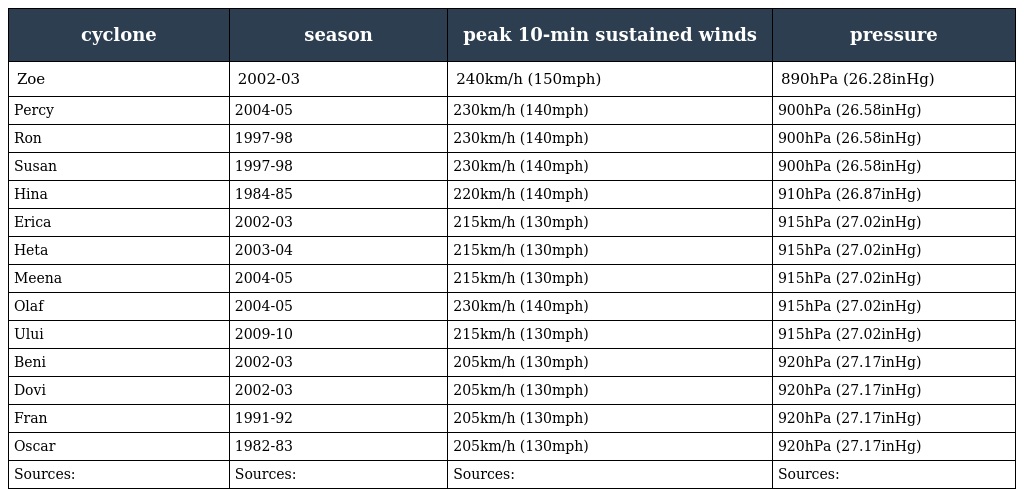
| cyclone | season | peak 10-min sustained winds | pressure |
 | --- | --- | --- | --- |
 | Zoe | 2002-03 | 240km/h (150mph) | 890hPa (26.28inHg) |
 | Percy | 2004-05 | 230km/h (140mph) | 900hPa (26.58inHg) |
 | Ron | 1997-98 | 230km/h (140mph) | 900hPa (26.58inHg) |
 | Susan | 1997-98 | 230km/h (140mph) | 900hPa (26.58inHg) |
 | Hina | 1984-85 | 220km/h (140mph) | 910hPa (26.87inHg) |
 | Erica | 2002-03 | 215km/h (130mph) | 915hPa (27.02inHg) |
 | Heta | 2003-04 | 215km/h (130mph) | 915hPa (27.02inHg) |
 | Meena | 2004-05 | 215km/h (130mph) | 915hPa (27.02inHg) |
 | Olaf | 2004-05 | 230km/h (140mph) | 915hPa (27.02inHg) |
 | Ului | 2009-10 | 215km/h (130mph) | 915hPa (27.02inHg) |
 | Beni | 2002-03 | 205km/h (130mph) | 920hPa (27.17inHg) |
 | Dovi | 2002-03 | 205km/h (130mph) | 920hPa (27.17inHg) |
 | Fran | 1991-92 | 205km/h (130mph) | 920hPa (27.17inHg) |
 | Oscar | 1982-83 | 205km/h (130mph) | 920hPa (27.17inHg) |
 | Sources: | Sources: | Sources: | Sources: |